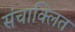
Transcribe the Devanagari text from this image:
संचाक्लित